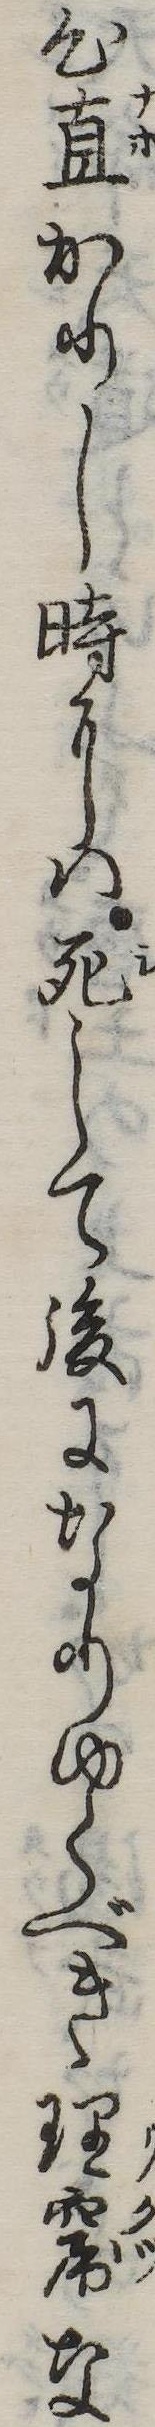
心直かりし時には死して後になりゆくべき理窟な